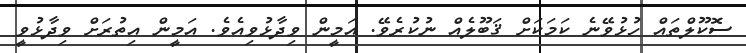
ސޮކޫލްތައް ހުޅުވޭނެ ކަމަކަށް ޤަބޫލެއް ނުކުރެވޭ. އަމީން ވިދާޅުވިއެވެ. އަމީން އިތުރަށް ވިދާޅުވީ